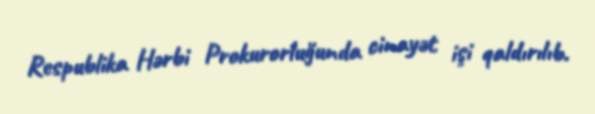
Respublika Hərbi Prokurorluğunda cinayət işi qaldırılıb.